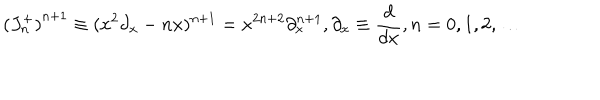
LaTeX: { ( J _ { n } ^ { + } ) } ^ { n + 1 } \equiv ( x ^ { 2 } \partial _ { x } - n x ) ^ { n + 1 } = x ^ { 2 n + 2 } \partial _ { x } ^ { n + 1 } , \partial _ { x } \equiv { \frac { d } { d x } } , n = 0 , 1 , 2 , \ldots